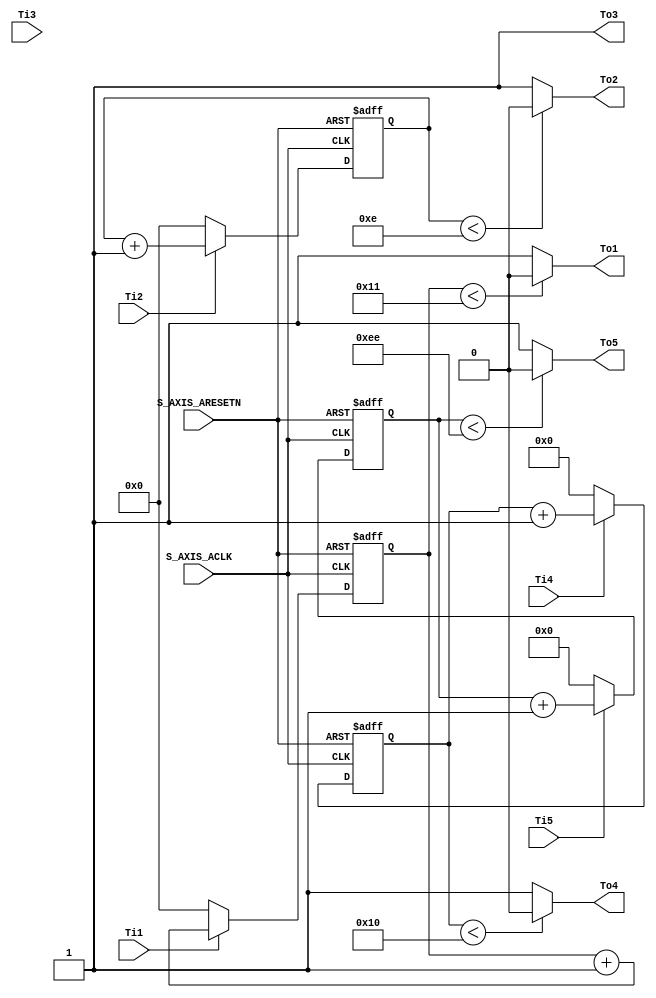
module Timer(
S_AXIS_ACLK,S_AXIS_ARESETN,Ti1,Ti2,Ti3,Ti4,Ti5,To1,To2,To3,To4,To5
);
	
    input  S_AXIS_ACLK;
    input  S_AXIS_ARESETN;
    input  Ti1,Ti2,Ti3,Ti4,Ti5;
    output To1,To2,To3,To4,To5;
    
    reg [7:0]  cnt1;
    reg [7:0]  cnt2;
    reg [7:0]  cnt3;
    reg [11:0] cnt4;
    reg [12:0] cnt5;
    
    //  5 
    always @(posedge S_AXIS_ACLK or negedge S_AXIS_ARESETN) begin
        if(!S_AXIS_ARESETN)
            cnt1 <= 0;
        else begin
            if(Ti1)
                cnt1 <= cnt1 + 1'b1;
            else 
                cnt1 <= 0;
        end
    end
    always @(posedge S_AXIS_ACLK or negedge S_AXIS_ARESETN) begin
        if(!S_AXIS_ARESETN)
            cnt2 <= 0;
        else begin
            if(Ti2)
                cnt2 <= cnt2 + 1'b1;
            else 
                cnt2 <= 0;
        end
    end
    always @(posedge S_AXIS_ACLK or negedge S_AXIS_ARESETN) begin
        if(!S_AXIS_ARESETN)
            cnt3 <= 0;
        else begin
            if(Ti3)
                cnt3 <= cnt3 + 1'b1;
            else 
                cnt3 <= 0;
        end
    end
    always @(posedge S_AXIS_ACLK or negedge S_AXIS_ARESETN) begin
        if(!S_AXIS_ARESETN)
            cnt4 <= 0;
        else begin
            if(Ti4)
                cnt4 <= cnt4 + 1'b1;
            else 
                cnt4 <= 0;
        end
    end
    always @(posedge S_AXIS_ACLK or negedge S_AXIS_ARESETN) begin
        if(!S_AXIS_ARESETN)
            cnt5 <= 0;
        else begin
            if(Ti5)
                cnt5 <= cnt5 + 1'b1;
            else 
                cnt5 <= 0;
        end
    end

    assign To1 = (cnt1 < 8'd17)? 0:1;
    assign To2 = (cnt2 < 8'd14)?  0:1;
    assign To3 = 1;
    assign To4 = (cnt4 < 12'd16)?  0:1;
    assign To5 = (cnt5 < 13'd238)? 0:1;
    
endmodule